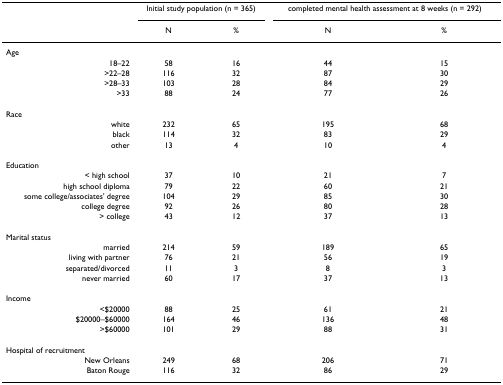
<table><thead><tr><td></td><td colspan="2"><b>Initial study population (n = 365)</b></td><td colspan="2"><b>completed mental health assessment at 8 weeks (n = 292)</b></td></tr><tr><td></td><td><b>N</b></td><td><b>%</b></td><td><b>N</b></td><td><b>%</b></td></tr></thead><tbody><tr><td>Age</td><td></td><td></td><td></td><td></td></tr><tr><td>18–22</td><td>58</td><td>16</td><td>44</td><td>15</td></tr><tr><td>&gt;22–28</td><td>116</td><td>32</td><td>87</td><td>30</td></tr><tr><td>&gt;28–33</td><td>103</td><td>28</td><td>84</td><td>29</td></tr><tr><td>&gt;33</td><td>88</td><td>24</td><td>77</td><td>26</td></tr><tr><td>Race</td><td></td><td></td><td></td><td></td></tr><tr><td>white</td><td>232</td><td>65</td><td>195</td><td>68</td></tr><tr><td>black</td><td>114</td><td>32</td><td>83</td><td>29</td></tr><tr><td>other</td><td>13</td><td>4</td><td>10</td><td>4</td></tr><tr><td>Education</td><td></td><td></td><td></td><td></td></tr><tr><td>&lt; high school</td><td>37</td><td>10</td><td>21</td><td>7</td></tr><tr><td>high school diploma</td><td>79</td><td>22</td><td>60</td><td>21</td></tr><tr><td>some college/associates&#x27; degree</td><td>104</td><td>29</td><td>85</td><td>30</td></tr><tr><td>college degree</td><td>92</td><td>26</td><td>80</td><td>28</td></tr><tr><td>&gt; college</td><td>43</td><td>12</td><td>37</td><td>13</td></tr><tr><td>Marital status</td><td></td><td></td><td></td><td></td></tr><tr><td>married</td><td>214</td><td>59</td><td>189</td><td>65</td></tr><tr><td>living with partner</td><td>76</td><td>21</td><td>56</td><td>19</td></tr><tr><td>separated/divorced</td><td>11</td><td>3</td><td>8</td><td>3</td></tr><tr><td>never married</td><td>60</td><td>17</td><td>37</td><td>13</td></tr><tr><td>Income</td><td></td><td></td><td></td><td></td></tr><tr><td>&lt;$20000</td><td>88</td><td>25</td><td>61</td><td>21</td></tr><tr><td>$20000–$60000</td><td>164</td><td>46</td><td>136</td><td>48</td></tr><tr><td>&gt;$60000</td><td>101</td><td>29</td><td>88</td><td>31</td></tr><tr><td>Hospital of recruitment</td><td></td><td></td><td></td><td></td></tr><tr><td>New Orleans</td><td>249</td><td>68</td><td>206</td><td>71</td></tr><tr><td>Baton Rouge</td><td>116</td><td>32</td><td>86</td><td>29</td></tr></tbody></table>